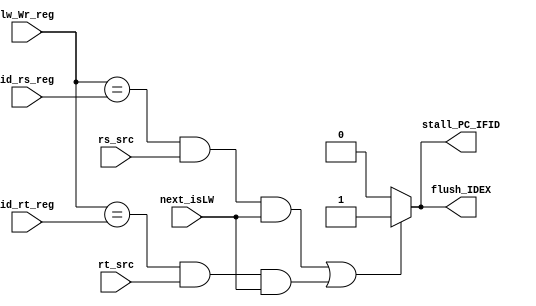
`timescale 1ns / 1ps
//////////////////////////////////////////////////////////////////////////////////
// Company: 
// Engineer: 
// 
// Design Name: 
// Module Name:    HazardDetector 
// Project Name: 
// Target Devices: 
// Tool versions: 
// Description: 
//
// Dependencies: 
//
// Revision: 
// Revision 0.01 - File Created
// Additional Comments: 
//
//////////////////////////////////////////////////////////////////////////////////
module HazardDetector(
input next_isLW,
input [4:0] lw_Wr_reg,
input [4:0] id_rs_reg,
input [4:0] id_rt_reg,
input rs_src,
input rt_src,
output stall_PC_IFID,
output flush_IDEX
    );
	 assign stall_PC_IFID = ((lw_Wr_reg==id_rs_reg && rs_src && next_isLW) || (lw_Wr_reg==id_rt_reg && rt_src && next_isLW)) ? 1'b1:1'b0;
	 assign flush_IDEX = ((lw_Wr_reg==id_rs_reg && rs_src && next_isLW) || (lw_Wr_reg==id_rt_reg && rt_src && next_isLW)) ? 1'b1:1'b0;
	 /*always @(*) 
			if((lw_Wr_reg==id_rs_reg && rs_src && next_isLW) || (lw_Wr_reg==id_rt_reg && rt_src && next_isLW)) begin
				stall_PC_IFID = 1'b1;
				flush_IDEX = 1'b1;
			end
			else begin
				stall_PC_IFID = 1'b0;
				flush_IDEX = 1'b0;
			end
			*/
			
endmodule